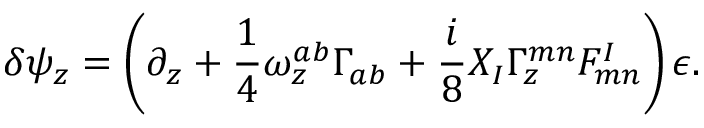
\delta \psi _ { z } = \left( \partial _ { z } + { \frac { 1 } { 4 } } \omega _ { z } ^ { a b } \Gamma _ { a b } + { \frac { i } { 8 } } X _ { I } \Gamma _ { z } ^ { m n } F _ { m n } ^ { I } \right) \epsilon .